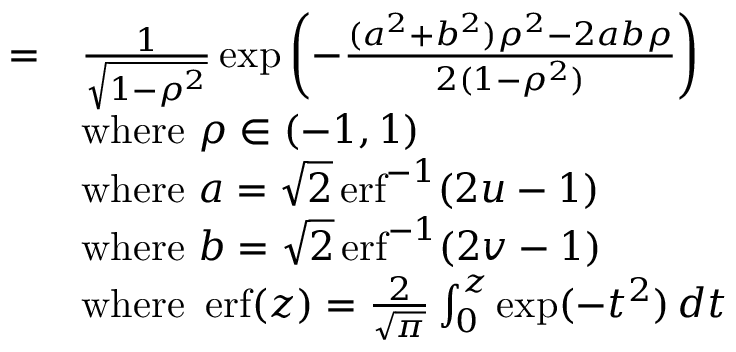
{ \begin{array} { r l } { = } & { { \frac { 1 } { \sqrt { 1 - \rho ^ { 2 } } } } \exp \left( - { \frac { ( a ^ { 2 } + b ^ { 2 } ) \rho ^ { 2 } - 2 a b \rho } { 2 ( 1 - \rho ^ { 2 } ) } } \right) } \\ & { { \mathrm { w h e r e ~ } } \rho \in ( - 1 , 1 ) } \\ & { { \mathrm { w h e r e ~ } } a = { \sqrt { 2 } } \operatorname { e r f } ^ { - 1 } ( { 2 u - 1 } ) } \\ & { { \mathrm { w h e r e ~ } } b = { \sqrt { 2 } } \operatorname { e r f } ^ { - 1 } ( { 2 v - 1 } ) } \\ & { { \mathrm { w h e r e ~ } } \operatorname { e r f } ( z ) = { \frac { 2 } { \sqrt { \pi } } } \int _ { 0 } ^ { z } \exp ( - t ^ { 2 } ) \, d t } \end{array} }